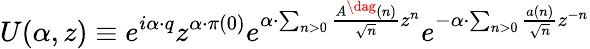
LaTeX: U(\alpha,z)\equiv e^{i\alpha\cdot q}z^{\alpha\cdot\pi(0)}e^{\alpha\cdot\sum_{n>0}\frac{A^{\dag}(n)}{\sqrt{n}}z^{n}}e^{-\alpha\cdot\sum_{n>0}\frac{a(n)}{\sqrt{n}}z^{-n}}